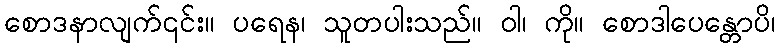
စောဒနာလျက်၎င်း။ ပရေန၊ သူတပါးသည်။ ဝါ၊ ကို။ စောဒါပေန္တောပိ၊